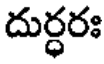
దుర్ధరః